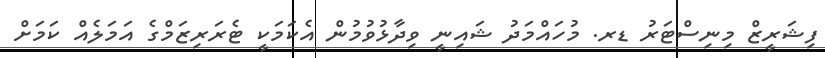
ފިޝަރީޒް މިނިސްޓަރު ޑރ. މުހައްމަދު ޝައިނީ ވިދާޅުވުމުން އެކަމަކީ ޓެރަރިޒަމްގެ އަމަލެއް ކަމަށް